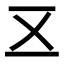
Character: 𠄡